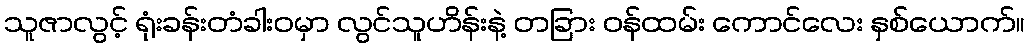
သူဇာလွင့် ရုံးခန်းတံခါးဝမှာ လွင်သူဟိန်းနဲ့ တခြား ဝန်ထမ်း ကောင်လေး နှစ်ယောက်။